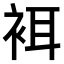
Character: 𧙫